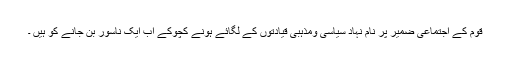
قوم کے اجتماعی ضمیر پر نام نہاد سیاسی ومذہبی قیادتوں کے لگائے ہونے کچوکے اب ایک ناسور بن جانے کو ہیں ۔